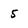
Character: 5